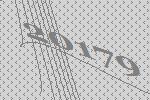
20179